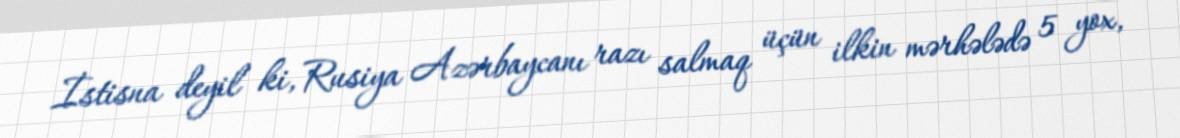
İstisna deyil ki, Rusiya Azərbaycanı razı salmaq üçün ilkin mərhələdə 5 yox,